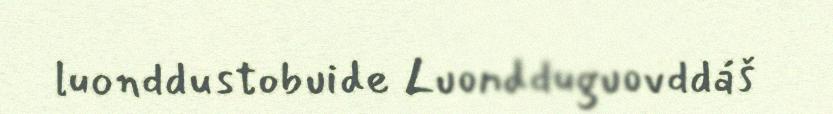
luonddustobuide Luondduguovddáš